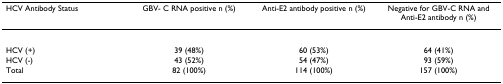
<table><thead><tr><td><b>HCV Antibody Status</b></td><td><b>GBV- C RNA positive n (%)</b></td><td><b>Anti-E2 antibody positive n (%)</b></td><td><b>Negative for GBV-C RNA and Anti-E2 antibody n (%)</b></td></tr></thead><tbody><tr><td>HCV (+)</td><td>39 (48%)</td><td>60 (53%)</td><td>64 (41%)</td></tr><tr><td>HCV (-)</td><td>43 (52%)</td><td>54 (47%)</td><td>93 (59%)</td></tr><tr><td>Total</td><td>82 (100%)</td><td>114 (100%)</td><td>157 (100%)</td></tr></tbody></table>